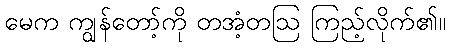
မေက ကျွန်တော့်ကို တအံ့တဩ ကြည့်လိုက်၏။